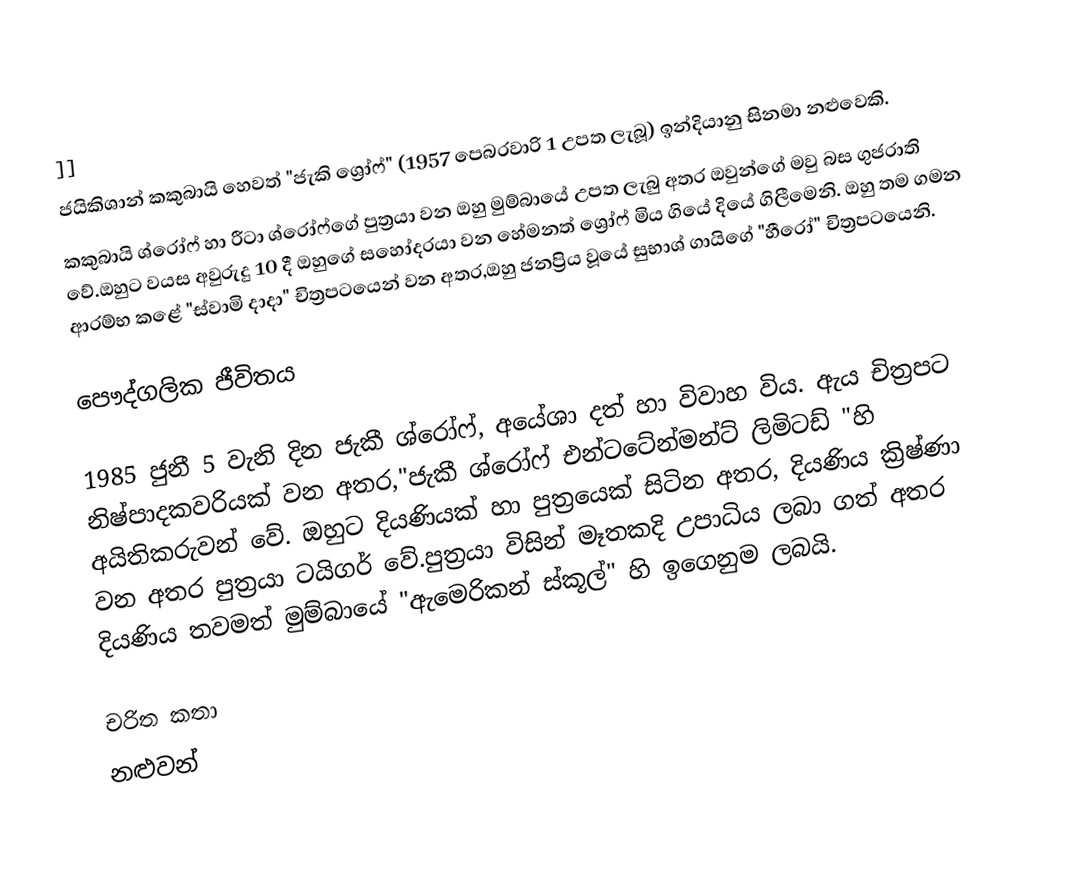
]]
ජයිකිශාන් කකුබායි හෙවත් "ජැකි ශ්‍රෝෆ්" (1957 පෙබරවාරි 1 උපත ලැබූ) ඉන්දියානු සිනමා නළුවෙකි.
කකුබායි ශ්රෝෆ් හා රීටා ශ්රෝෆ්ගේ පුත්‍රයා වන ඔහු මුම්බායේ උපත ලැබු අතර ඔවුන්ගේ මවු බස ගුජරාති වේ.ඔහුට වයස අවුරුදු 10 දී ඔහුගේ සහෝදරයා වන හේමනත් ශ්‍රෝෆ් මිය ගියේ දියේ ගිලීමෙනි. ඔහු තම ගමන ආරම්භ කළේ "ස්වාමි දාදා" චිත්‍රපටයෙන් වන අතර,ඔහු ජනප්‍රිය වූයේ සුභාශ් ගායිගේ "හීරෝ" චිත්‍රපටයෙනි.

පෞද්ගලික ජීවිතය

1985 ජුනී 5 වැනි දින ජැකී ශ්රෝෆ්, අයේශා දත් හා විවාහ විය. ඇය චිත්‍රපට නිෂ්පාදකවරියක් වන අතර,"ජැකී ශ්රෝෆ් එන්ටටේන්මන්ට් ලිමිටඩ් "හි අයිතිකරුවන් වේ. ඔහුට දියණියක් හා පුත්‍රයෙක් සිටින අතර, දියණිය ක්‍රිෂ්ණා වන අතර පුත්‍රයා ටයිගර් වේ.පුත්‍රයා විසින් මෑතකදි උපාධිය ලබා ගත් අතර දියණිය තවමත් මුම්බායේ "ඇමෙරිකන්  ස්කූල්" හි ඉගෙනුම ලබයි.

චරිත කතා
නළුවන්